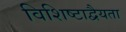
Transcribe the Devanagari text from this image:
विशिष्टाद्वैयता